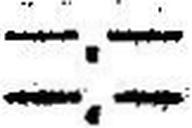
—.—